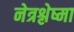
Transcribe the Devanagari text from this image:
नेत्रश्लेष्मा